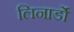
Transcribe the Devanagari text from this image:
लिनार्डो